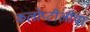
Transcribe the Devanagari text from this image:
कलोप्टीलीया